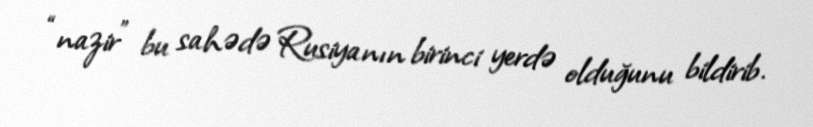
“nazir” bu sahədə Rusiyanın birinci yerdə olduğunu bildirib.